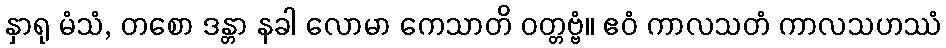
နှာရု မံသံ, တစော ဒန္တာ နခါ လောမာ ကေသာတိ ဝတ္တဗ္ဗံ။ ဧဝံ ကာလသတံ ကာလသဟဿံ